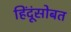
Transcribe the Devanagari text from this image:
हिंदूंसोबत